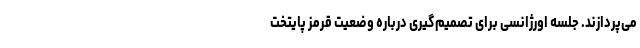
می‌پردازند. جلسه اورژانسی برای تصمیم‌گیری درباره وضعیت قرمز پایتخت